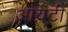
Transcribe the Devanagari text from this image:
आय़टी